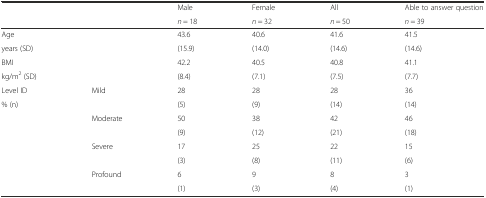
<table><thead><tr><td rowspan="2"></td><td rowspan="2"></td><td><b>Male</b></td><td><b>Female</b></td><td><b>All</b></td><td><b>Able to answer question</b></td></tr><tr><td><b><i>n</i> = 18</b></td><td><b><i>n</i> = 32</b></td><td><b><i>n</i> = 50</b></td><td><b><i>n</i> = 39</b></td></tr></thead><tbody><tr><td>Age</td><td rowspan="2"></td><td>43.6</td><td>40.6</td><td>41.6</td><td>41.5</td></tr><tr><td>years (SD)</td><td>(15.9)</td><td>(14.0)</td><td>(14.6)</td><td>(14.6)</td></tr><tr><td>BMI</td><td rowspan="2"></td><td>42.2</td><td>40.5</td><td>40.8</td><td>41.1</td></tr><tr><td>kg/m<sup>2</sup> (SD)</td><td>(8.4)</td><td>(7.1)</td><td>(7.5)</td><td>(7.7)</td></tr><tr><td>Level ID</td><td rowspan="2">Mild</td><td>28</td><td>28</td><td>28</td><td>36</td></tr><tr><td>% (n)</td><td>(5)</td><td>(9)</td><td>(14)</td><td>(14)</td></tr><tr><td rowspan="2"></td><td rowspan="2">Moderate</td><td>50</td><td>38</td><td>42</td><td>46</td></tr><tr><td>(9)</td><td>(12)</td><td>(21)</td><td>(18)</td></tr><tr><td rowspan="2"></td><td rowspan="2">Severe</td><td>17</td><td>25</td><td>22</td><td>15</td></tr><tr><td>(3)</td><td>(8)</td><td>(11)</td><td>(6)</td></tr><tr><td rowspan="2"></td><td rowspan="2">Profound</td><td>6</td><td>9</td><td>8</td><td>3</td></tr><tr><td>(1)</td><td>(3)</td><td>(4)</td><td>(1)</td></tr></tbody></table>